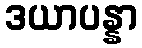
ဒယာပန္နာ